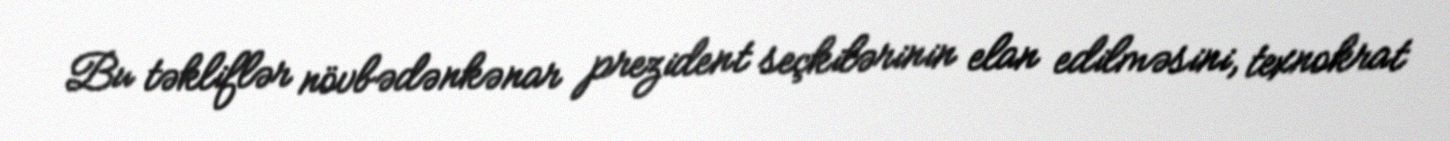
Bu təkliflər növbədənkənar prezident seçkilərinin elan edilməsini, texnokrat